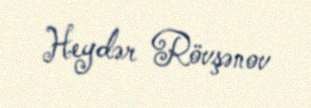
Heydər Rövşənov